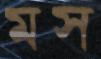
মস